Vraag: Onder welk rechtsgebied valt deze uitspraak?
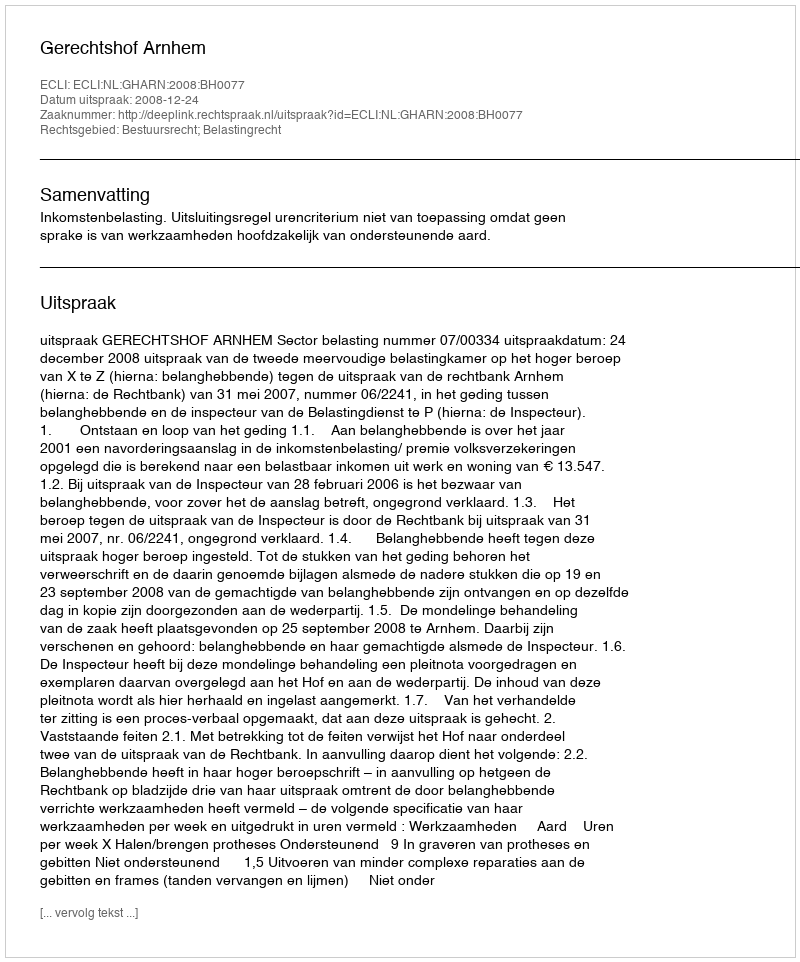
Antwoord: Bestuursrecht; Belastingrecht